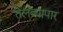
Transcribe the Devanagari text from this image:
तेलव्यापार